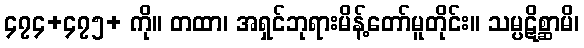
၄၇၄+၄၇၅+ ကို။ တထာ၊ အရှင်ဘုရားမိန့်တော်မူတိုင်း။ သမ္ပဋိစ္ဆာမိ၊